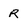
Character: R